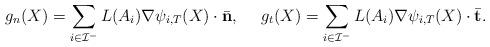
LaTeX: \begin{align*}g_n(X)=\sum_{i\in\mathcal{I}^-}L(A_i)\nabla\psi_{i,T}(X)\cdot\bar{\mathbf{ n}}, ~~~~ g_t(X)=\sum_{i\in\mathcal{I}^-}L(A_i)\nabla\psi_{i,T}(X)\cdot\bar{\mathbf{ t}}.\end{align*}